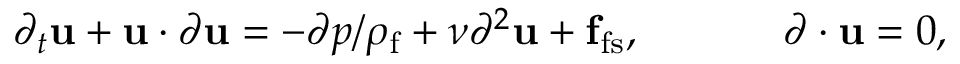
\partial _ { t } { \bf u } + { \bf u } \cdot { \boldsymbol \partial } { \bf u } = - { \boldsymbol \partial } p / { \rho _ { \mathrm { f } } } + \nu \partial ^ { 2 } { \bf u } + { \bf f } _ { \mathrm { f s } } , \; \; \; \; \; \; \; \; \; \; \; \; { \boldsymbol \partial } \cdot { \bf u } = 0 ,